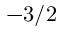
- 3 / 2